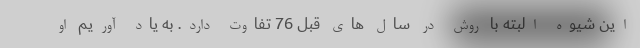
این شیوه البته با روش در سال های قبل 76 تفاوت دارد. به یاد آوریم او